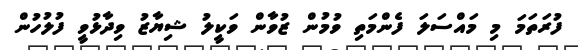
ފުރަތަމަ މި މައްސަލަ ފެންމަތި ވުމުން ޒުވާން ވަކީލު ޝިޔާޒު ވިދާޅުވީ ފުލުހުން